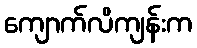
ကျောက်လိကျန်းက